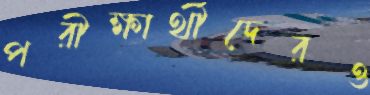
পরীক্ষার্থীদেরও